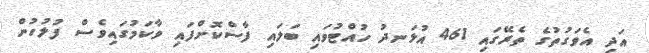
އަދި އެވަގުތުގެ ތެރޭގައި 461 އުޅަނދު ހުއްޓުވައި ބަލައި ފާސްކޮށްފައި ވާކަމުގައިވެސް ފުލުހުން